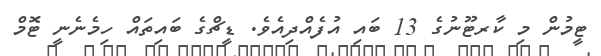
ޓީމުން މި ކާރޓޫނުގެ 13 ބައި އުފެއްދިއެވެ. ޑީޗްގެ ބައިތައް ހިމެނެނީ ޓޮމް